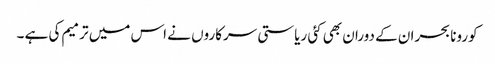
کورونا بحران کے دوران بھی کئی ریاستی سرکاروں نے اس میں ترمیم کی ہے ۔